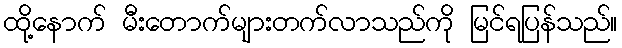
ထို့နောက် မီးတောက်များတက်လာသည်ကို မြင်ရပြန်သည်။